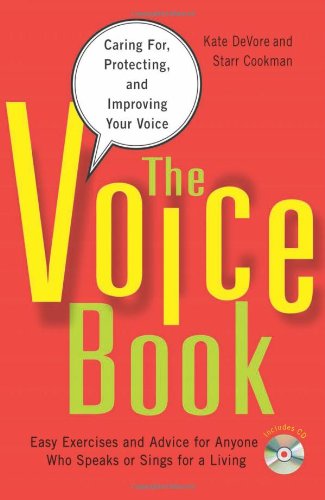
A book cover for The Voice Book: Caring For, Protecting, and Improving Your Voice; Kate DeVore; Reference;